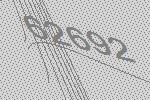
62692